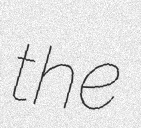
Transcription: the